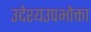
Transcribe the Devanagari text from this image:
उद्देश्यउपभोक्ता